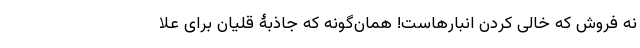
نه فروش که خالی کردن انبارهاست! همان‌گونه که جاذبۀ قلیان برای علا